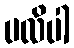
ပလိပါ